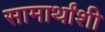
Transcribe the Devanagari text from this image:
सामार्थांशी